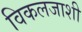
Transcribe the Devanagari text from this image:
विकलजाशी